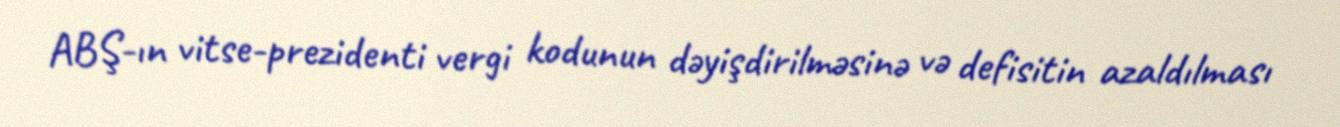
ABŞ-ın vitse-prezidenti vergi kodunun dəyişdirilməsinə və defisitin azaldılması